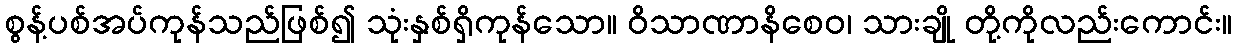
စွန့်ပစ်အပ်ကုန်သည်ဖြစ်၍ သုံးနှစ်ရှိကုန်သော။ ဝိသာဏာနိစေဝ၊ သားချို တို့ကိုလည်းကောင်း။